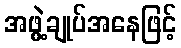
အဖွဲ့ချုပ်အနေဖြင့်